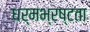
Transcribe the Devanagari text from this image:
धर्मभ्रष्टता